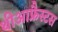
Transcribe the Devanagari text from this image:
थीआफ्रैस्टस